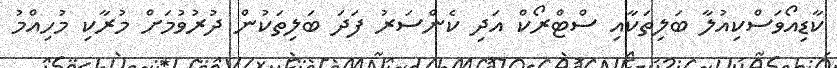
ކާޑިއޯވަސްކިއުލާ ބަލިތަކާއި ސްޓްރޯކް އަދި ކެންސަރު ފަދަ ބަލިތަކުން ދުރުވުމަށް މުރާކި މުހިއްމު